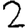
Digit: 2